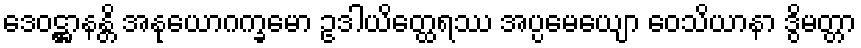
ဒေဝဋ္ဌာနန္တိ အနုယောဂက္ခမော ဥဒါယိတ္ထေရဿ အပ္ပမေယျော ဝေသိယာနာ ဒွိမတ္တာ